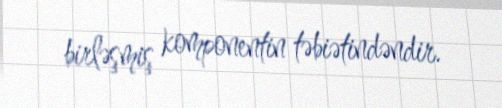
birləşmiş komponentin təbiətindəndir.